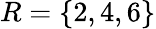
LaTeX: R=\{ 2,4,6\}